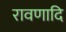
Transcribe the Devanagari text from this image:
रावणादि